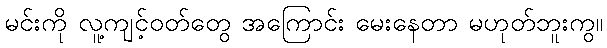
မင်းကို လူ့ကျင့်ဝတ်တွေ အကြောင်း မေးနေတာ မဟုတ်ဘူးကွ။